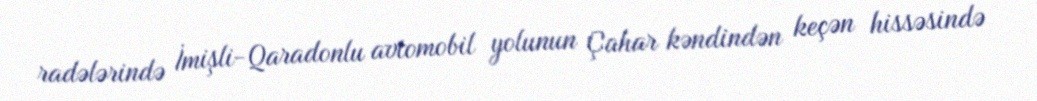
radələrində İmişli-Qaradonlu avtomobil yolunun Çahar kəndindən keçən hissəsində